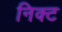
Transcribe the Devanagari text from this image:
निक्ट